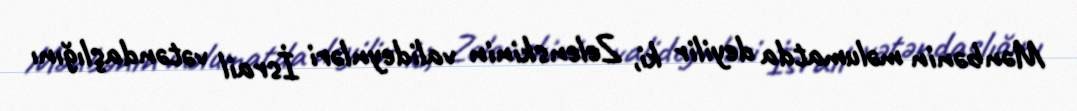
Mənbənin məlumatda deyilir ki, Zelenskinin valideynləri İsrail vətəndaşlığını